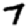
Digit: 7